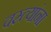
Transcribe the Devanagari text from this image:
वस्त्यांना